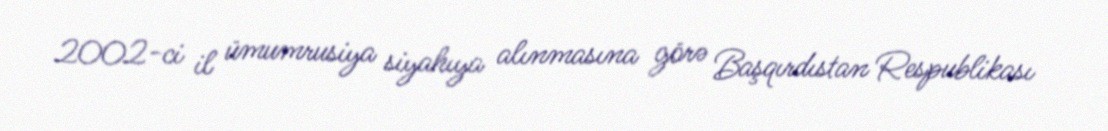
2002-ci il ümumrusiya siyahıya alınmasına görə Başqırdıstan Respublikası